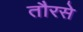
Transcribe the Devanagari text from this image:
तौरसे